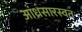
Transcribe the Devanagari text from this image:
आंध्रसारस्वत